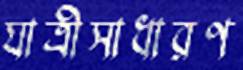
যাত্রীসাধারণ